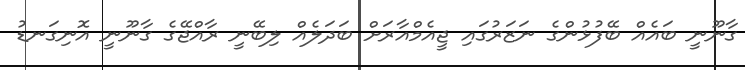
ގާނޫނީ ބައެއް ބޭފުޅުންގެ ނަޒަރުގައި ޖީއެމްއާރަށް ބަދަލެއް ލިބޭނީ ރާއްޖޭގެ ގާނޫނީ އޮނިގަނޑު